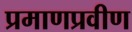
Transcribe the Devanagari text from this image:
प्रमाणप्रवीण